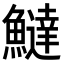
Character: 𬵮